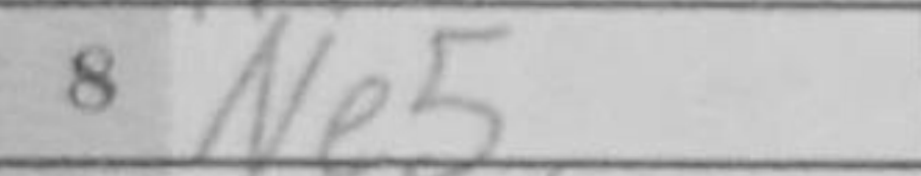
Transcription: Ne5